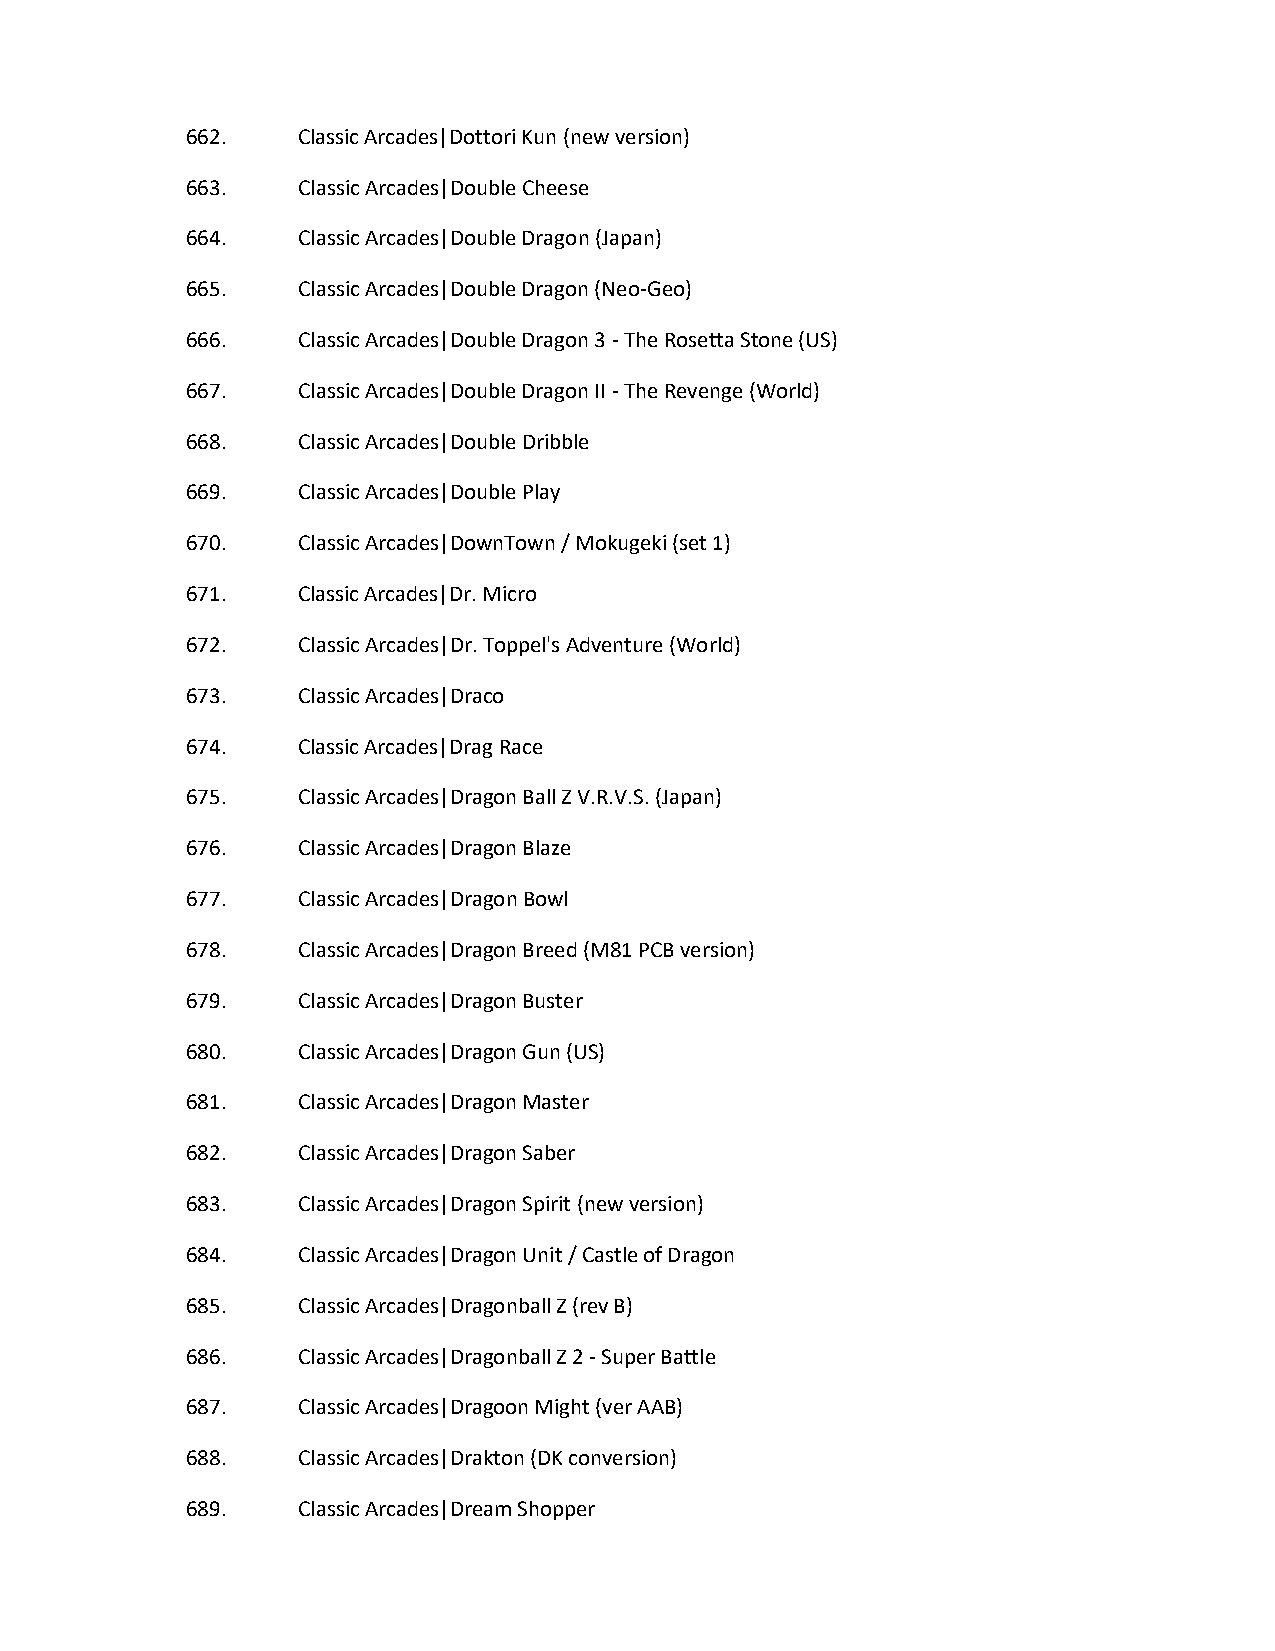
662.    Classic Arcades|Dottori Kun (new version)
 663.    Classic Arcades|Double Cheese
 664.    Classic Arcades|Double Dragon (Japan)
 665.    Classic Arcades|Double Dragon (Neo-Geo)
 666.    Classic Arcades|Double Dragon 3 - The Rosetta Stone (US)
 667.    Classic Arcades|Double Dragon II - The Revenge (World)
 668.    Classic Arcades|Double Dribble
 669.    Classic Arcades|Double Play
 670.    Classic Arcades|DownTown / Mokugeki (set 1)
 671.    Classic Arcades|Dr. Micro
 672.    Classic Arcades|Dr. Toppel's Adventure (World)
 673.    Classic Arcades|Draco
 674.    Classic Arcades|Drag Race
 675.    Classic Arcades|Dragon Ball Z V.R.V.S. (Japan)
 676.    Classic Arcades|Dragon Blaze
 677.    Classic Arcades|Dragon Bowl
 678.    Classic Arcades|Dragon Breed (M81 PCB version)
 679.    Classic Arcades|Dragon Buster
 680.    Classic Arcades|Dragon Gun (US)
 681.    Classic Arcades|Dragon Master
 682.    Classic Arcades|Dragon Saber
 683.    Classic Arcades|Dragon Spirit (new version)
 684.    Classic Arcades|Dragon Unit / Castle of Dragon
 685.    Classic Arcades|Dragonball Z (rev B)
 686.    Classic Arcades|Dragonball Z 2 - Super Battle
 687.    Classic Arcades|Dragoon Might (ver AAB)
 688.    Classic Arcades|Drakton (DK conversion)
 689.    Classic Arcades|Dream Shopper